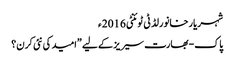
شہریار خانورلڈ ٹی ٹوئنٹی 2016ء
پاک-بھارت سیریز کے لیے ”امید کی نئی کرن؟